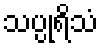
သပ္ပုရိသံ